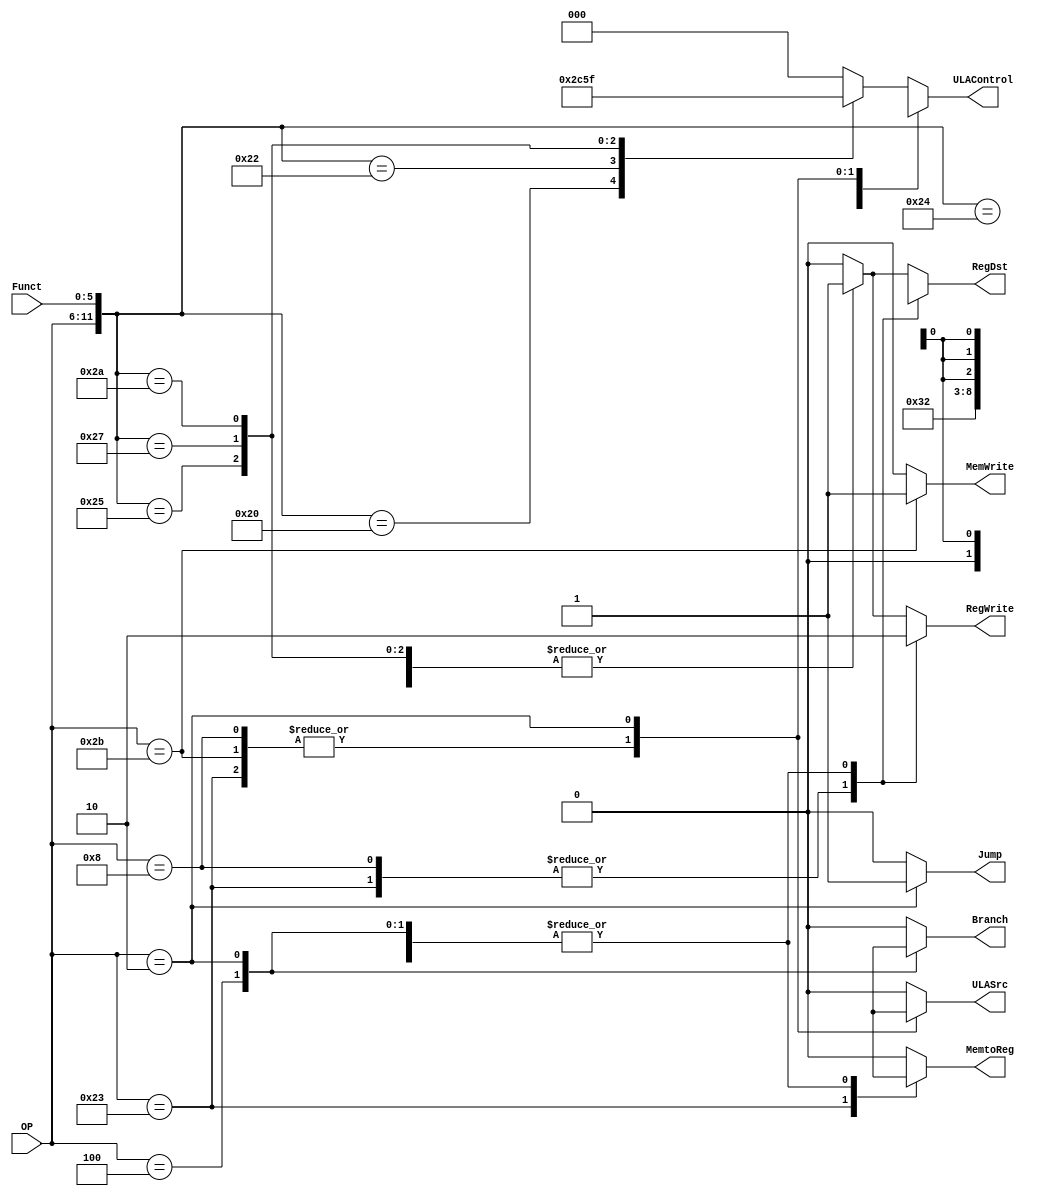
module Control_Unit (input [5:0] OP, Funct,
							output reg Jump, MemtoReg, MemWrite, Branch, ULASrc, RegDst, RegWrite,
							output reg [2:0] ULAControl);
							
	always @ (*) begin
			
		case({OP, Funct}) 
			{6'b000000, 6'b100000}: //ADD
				begin
					RegWrite = 1'b1;
					RegDst = 1'b1;
					ULASrc = 1'b0;
					ULAControl = 3'b010;
					Branch = 1'b0;
					MemWrite = 1'b0;
					MemtoReg = 1'b0;
					Jump = 1'b0;
				end
		
			{6'b000000, 6'b100010}: //SUB
				begin
					RegWrite = 1'b1;
					RegDst = 1'b1;
					ULASrc = 1'b0;
					ULAControl = 3'b110;
					Branch = 1'b0;
					MemWrite = 1'b0;
					MemtoReg = 1'b0;
					Jump = 1'b0;
				end
		
			{6'b000000, 6'b100100}: //AND
				begin
					RegWrite = 1'b1;
					RegDst = 1'b1;
					ULASrc = 1'b0;
					ULAControl = 3'b000;
					Branch = 1'b0;
					MemWrite = 1'b0;
					MemtoReg = 1'b0;
					Jump = 1'b0;
				end
		
			{6'b000000, 6'b100101}: //OR
				begin
					RegWrite = 1'b1;
					RegDst = 1'b1;
					ULASrc = 1'b0;
					ULAControl = 3'b001;
					Branch = 1'b0;
					MemWrite = 1'b0;
					MemtoReg = 1'b0;
					Jump = 1'b0;
				end
		
			{6'b000000, 6'b100111}: //NOR
				begin
					RegWrite = 1'b1;
					RegDst = 1'b1;
					ULASrc = 1'b0;
					ULAControl = 3'b011;
					Branch = 1'b0;
					MemWrite = 1'b0;
					MemtoReg = 1'b0;
					Jump = 1'b0;
				end
		
			{6'b000000, 6'b101010}: //SLT
				begin
					RegWrite = 1'b1;
					RegDst = 1'b1;
					ULASrc = 1'b0;
					ULAControl = 3'b111;
					Branch = 1'b0;
					MemWrite = 1'b0;
					MemtoReg = 1'b0;
					Jump = 1'b0;
				end
		
			default:
				begin
					RegWrite = 1'b0;
					RegDst = 1'b0;
					ULASrc = 1'b0;
					ULAControl = 3'b000;
					Branch = 1'b0;
					MemWrite = 1'b0;
					MemtoReg = 1'b0;
					Jump = 1'b0;
				end
		endcase
		
		case(OP)
			6'b100011: //LW
				begin
					RegWrite = 1'b1;
					RegDst = 1'b0;
					ULASrc = 1'b1;
					ULAControl = 3'b010;
					Branch = 1'b0;
					MemWrite = 1'b0;
					MemtoReg = 1'b1;
					Jump = 1'b0;
				end
		
			6'b101011: //SW
				begin
					RegWrite = 1'b0;
					RegDst = 1'bx;
					ULASrc = 1'b1;
					ULAControl = 3'b010;
					Branch = 1'b0;
					MemWrite = 1'b1;
					MemtoReg = 1'bx;
					Jump = 1'b0;
				end
		
			6'b000100: //BEQ
				begin
					RegWrite = 1'b0;
					RegDst = 1'bx;
					ULASrc = 1'b0;
					ULAControl = 3'b110;
					Branch = 1'b1;
					MemWrite = 1'b0;
					MemtoReg = 1'bx;
					Jump = 1'b0;
				end
		
			6'b001000: //ADDi
				begin
					RegWrite = 1'b1;
					RegDst = 1'b0;
					ULASrc = 1'b1;
					ULAControl = 3'b010;
					Branch = 1'b0;
					MemWrite = 1'b0;
					MemtoReg = 1'b0;
					Jump = 1'b0;
				end
		
			6'b000010: //J
				begin
					RegWrite = 1'b0;
					RegDst = 1'bx;
					ULASrc = 1'bx;
					ULAControl = 3'bxxx;
					Branch = 1'bx;
					MemWrite = 1'b0;
					MemtoReg = 1'bx;
					Jump = 1'b1;
				end
		
		endcase
		
	end
endmodule